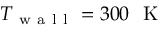
T _ { \mathrm { ~ w ~ a ~ l ~ l ~ } } = 3 0 0 ~ \mathrm { ~ K ~ }